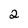
Character: 2